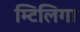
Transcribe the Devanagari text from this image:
म्टिलिगा